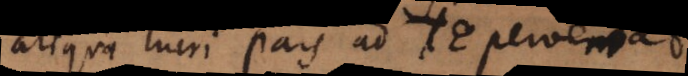
aliqua lucri pars ad TE perveniat